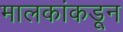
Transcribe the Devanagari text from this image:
मालकांकडून